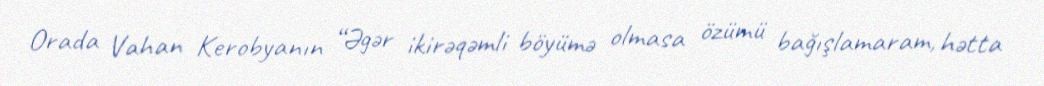
Orada Vahan Kerobyanın “Əgər ikirəqəmli böyümə olmasa özümü bağışlamaram, hətta